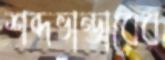
শব্দভান্ডারের